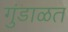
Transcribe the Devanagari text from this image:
गुंडाळत